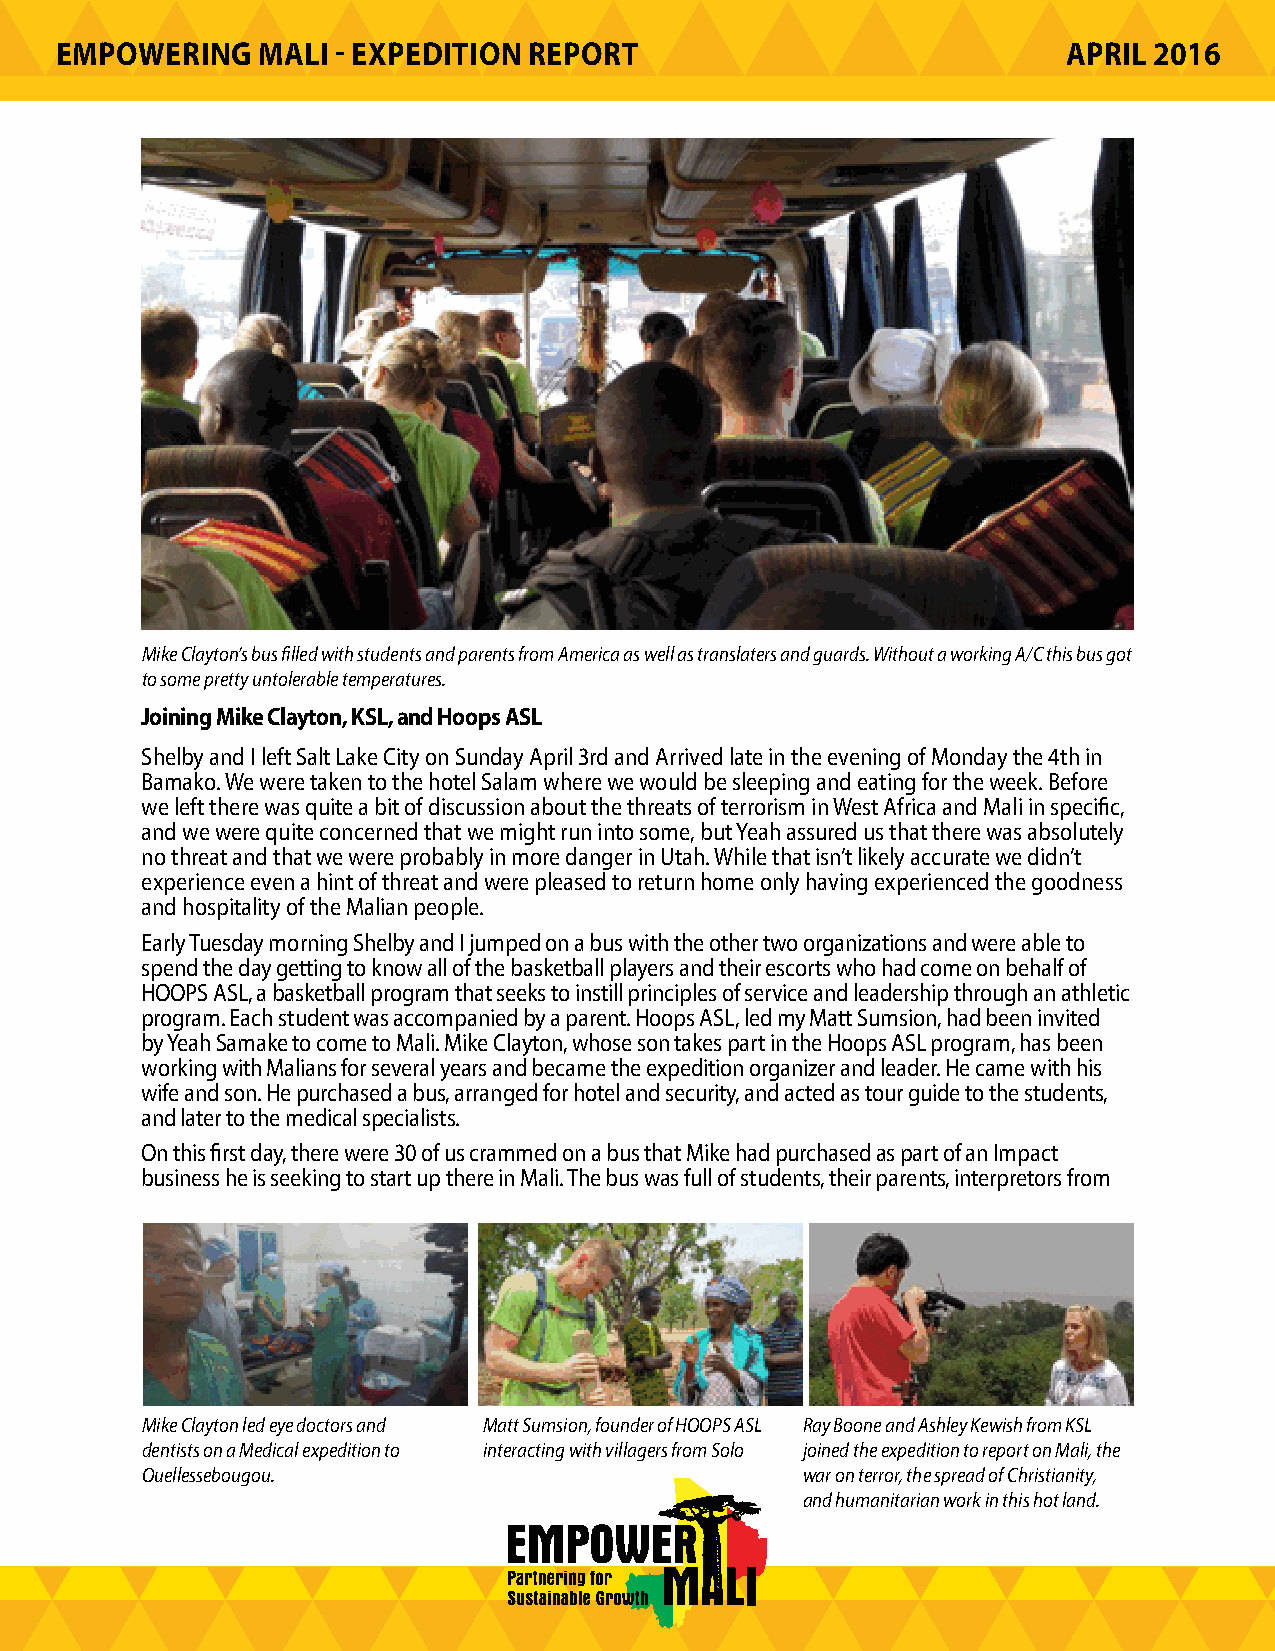
EMPOWERING   MALI - EXPEDITION REPORT                              APRIL 2016
 Mike Clayton’s bus filled with students and parents from America as well as translaters and guards. Without a working A/C this bus got
 to some pretty untolerable temperatures.
 Joining Mike Clayton, KSL, and Hoops ASL
 Shelby and I left Salt Lake City on Sunday April 3rd and Arrived late in the evening of Monday the 4th in
 Bamako. We were taken to the hotel Salam where we would be sleeping and eating for the week. Before
 we left there was quite a bit of discussion about the threats of terrorism in West Africa and Mali in specific,
 and we were quite concerned that we might run into some, but Yeah assured us that there was absolutely
 no threat and that we were probably in more danger in Utah. While that isn’t likely accurate we didn’t
 experience even a hint of threat and were pleased to return home only having experienced the goodness
 and hospitality of the Malian people.
 Early Tuesday morning Shelby and I jumped on a bus with the other two organizations and were able to
 spend the day getting to know all of the basketball players and their escorts who had come on behalf of
 HOOPS ASL, a basketball program that seeks to instill principles of service and leadership through an athletic
 program. Each student was accompanied by a parent. Hoops ASL, led my Matt Sumsion, had been invited
 by Yeah Samake to come to Mali. Mike Clayton, whose son takes part in the Hoops ASL program, has been
 working with Malians for several years and became the expedition organizer and leader. He came with his
 wife and son. He purchased a bus, arranged for hotel and security, and acted as tour guide to the students,
 and later to the medical specialists.
 On this first day, there were 30 of us crammed on a bus that Mike had purchased as part of an Impact
 business he is seeking to start up there in Mali. The bus was full of students, their parents, interpretors from
 Mike Clayton led eye doctors and Matt Sumsion, founder of HOOPS ASL Ray Boone and Ashley Kewish from KSL
 dentists on a Medical expedition to interacting with villagers from Solo joined the expedition to report on Mali, the
 Ouellessebougou.                            war on terror, the spread of Christianity,
 and humanitarian work in this hot land.